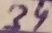
Text: 34